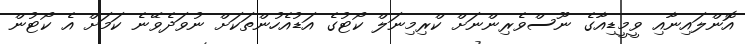
އޮންލައިނާއި ވީމީޑިއާގެ ނޫސްވެރިންނަށް ކްރިމިނަލް ކޯޓުގެ އަޑުއެހުންތަކަށް ނުވަދެވޭނެ ކަމަށް އެ ކޯޓުން